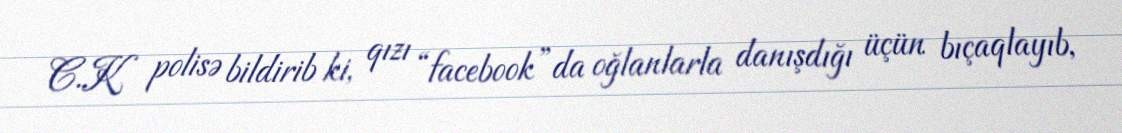
C.K polisə bildirib ki, qızı “facebook”da oğlanlarla danışdığı üçün bıçaqlayıb,